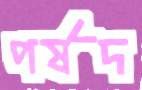
পর্ষদ